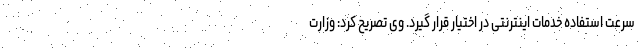
سرعت استفاده خدمات اینترنتی در اختیار قرار گیرد. وی تصریح کرد: وزارت